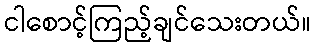
ငါစောင့်ကြည့်ချင်သေးတယ်။